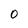
Character: 0